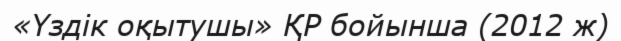
«Үздік оқытушы» ҚР бойынша (2012 ж)